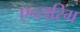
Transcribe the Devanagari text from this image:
एन्सरिंग